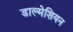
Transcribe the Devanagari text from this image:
डाल्मेशियन